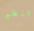
تنظيم